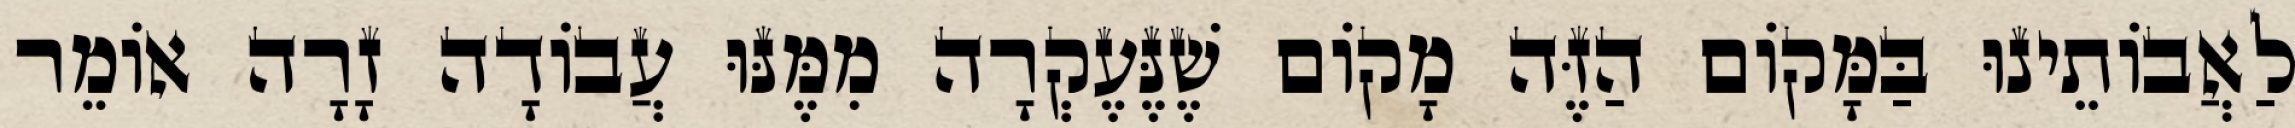
לַאֲבוֹתֵינוּ בַּמָּקוֹם הַזֶּה מָקוֹם שֶׁנֶּעֶקְרָה מִמֶּנּוּ עֲבוֹדָה זָרָה אוֹמֵר